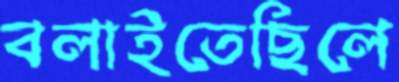
বলাইতেছিলে